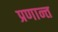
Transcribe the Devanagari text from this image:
प्रणान्त